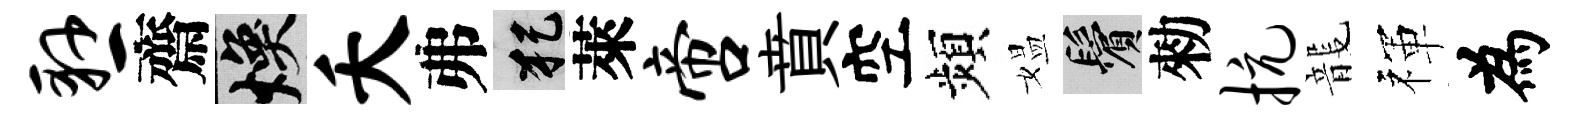
悬齋焕夭弗犯萊啻賁空頻媪鬢勑抗龍禈為